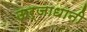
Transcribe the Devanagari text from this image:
ऊर्जाधानी